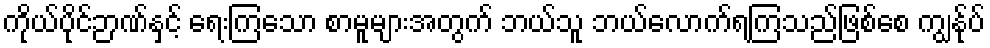
ကိုယ်ပိုင်ဉာဏ်နှင့် ရေးကြသော စာမူများအတွက် ဘယ်သူ ဘယ်လောက်ရကြသည်ဖြစ်စေ ကျွန်ုပ်